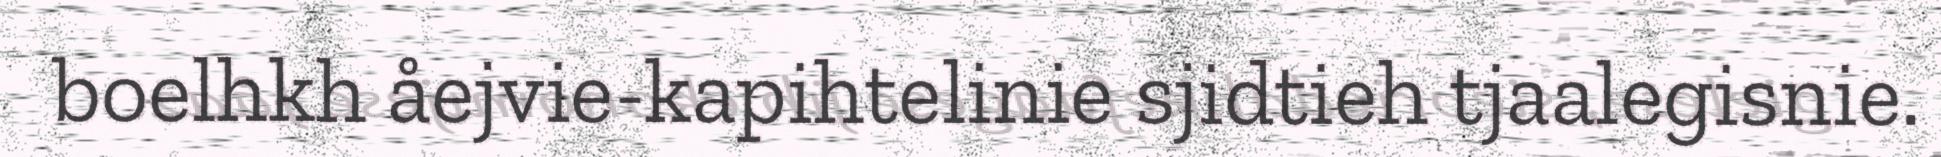
boelhkh åejvie-kapihtelinie sjidtieh tjaalegisnie.